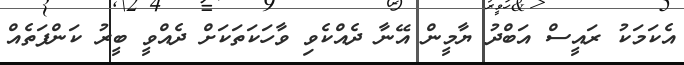
އެކަމަކު ރައީސް އަބްދު ޔާމީން އޭނާ ދެއްކެވި ވާހަކަތަކަށް ދެއްވީ ބީރު ކަންފަތެއް